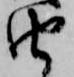
由